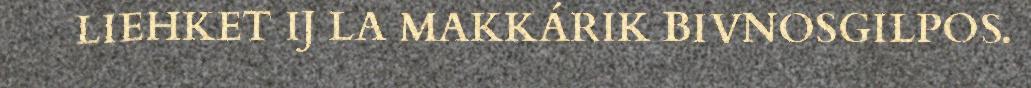
LIEHKET IJ LA MAKKÁRIK BIVNOSGILPOS.